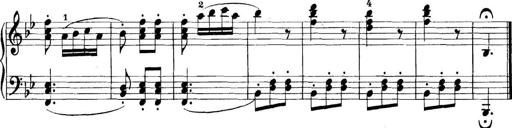
Title: 11 Sonatinas
Composer: Anton Diabelli